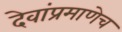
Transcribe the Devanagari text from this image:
देवांप्रमाणेच